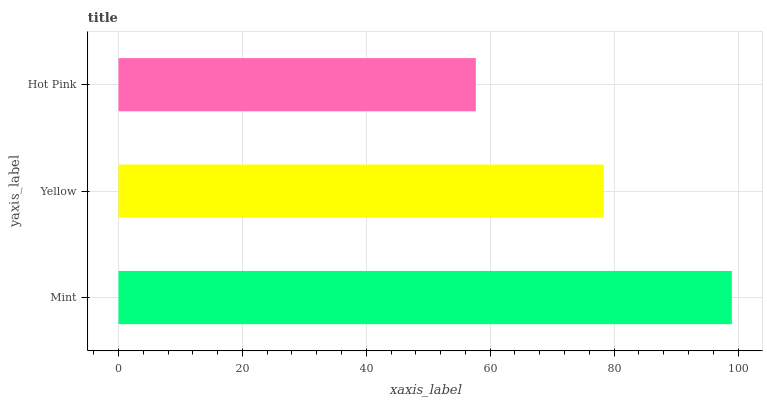
| yaxis_label | bars |
 | --- | --- |
 | Mint | 99 |
 | Yellow | 78.3 |
 | Hot Pink | 57.7 |